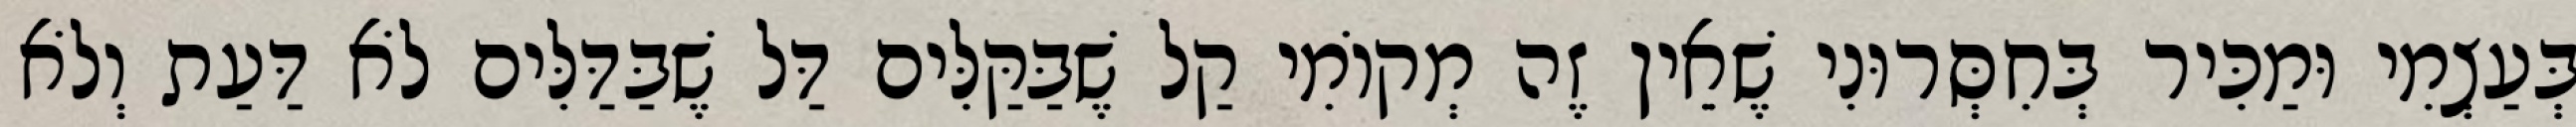
בְּעַצְמִי וּמַכִּיר בְּחִסְּרוּנִי שֶׁאֵין זֶה מְקוֹמִי קַל שֶׁבַּקַּלִּים דַּל שֶׁבַּדַּלִּים לֹא דַּעַת וְלֹא